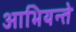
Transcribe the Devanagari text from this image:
आभियन्ते